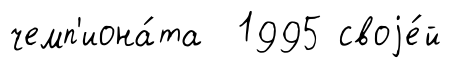
чемп'иона́та 1995 своjе́й